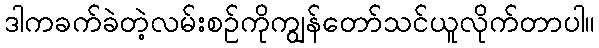
ဒါကခက်ခဲတဲ့လမ်းစဉ်ကိုကျွန်တော်သင်ယူလိုက်တာပါ။